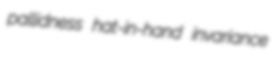
pallidness hat-in-hand invariance